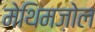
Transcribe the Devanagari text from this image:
मेथिमज़ोल